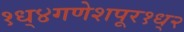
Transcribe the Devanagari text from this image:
१ध्४गणेशपूर१ध्२